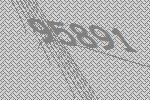
95891